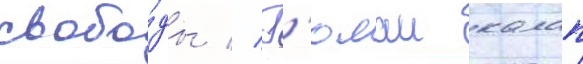
свобо́ды // Г'юлаи калап